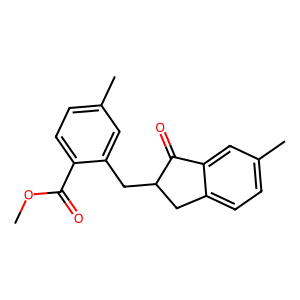
SMILES: COC(=O)c1ccc(C)cc1CC1Cc2ccc(C)cc2C1=O
Inhibits HIV replication: No